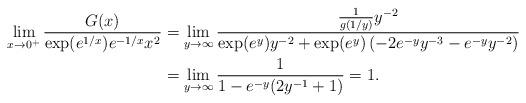
LaTeX: \begin{align*}\lim_{x\to 0^+} \frac{G(x)}{\exp(e^{1/x})e^{-1/x}x^2}&=\lim_{y\to \infty} \frac{\frac{1}{g(1/y)}y^{-2}}{\exp(e^y)y^{-2}+\exp(e^y)\left(-2e^{-y}y^{-3} - e^{-y}y^{-2}\right)}\\&=\lim_{y\to \infty} \frac{1}{1-e^{-y}(2y^{-1} +1)}=1.\end{align*}